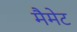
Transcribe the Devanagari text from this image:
मैमेट